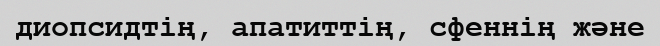
диопсидтің, апатиттің, сфеннің және